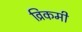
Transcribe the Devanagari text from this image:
व्रिकमी